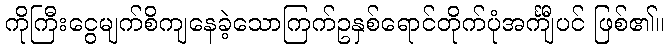
ကိုကြီးငွေမျက်စိကျနေခဲ့သောကြက်ဥနှစ်ရောင်တိုက်ပုံအင်္ကျီပင် ဖြစ်၏။